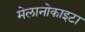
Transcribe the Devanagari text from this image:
मेलानोकाइटा